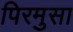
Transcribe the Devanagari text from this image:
पिरमुसा